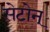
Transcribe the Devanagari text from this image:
सेटोन्